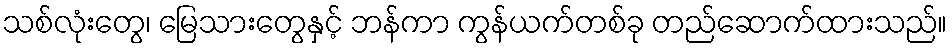
သစ်လုံးတွေ၊ မြေသားတွေနှင့် ဘန်ကာ ကွန်ယက်တစ်ခု တည်ဆောက်ထားသည်။